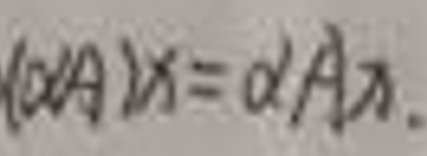
$( d A ) x = d A x.$